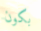
بكون